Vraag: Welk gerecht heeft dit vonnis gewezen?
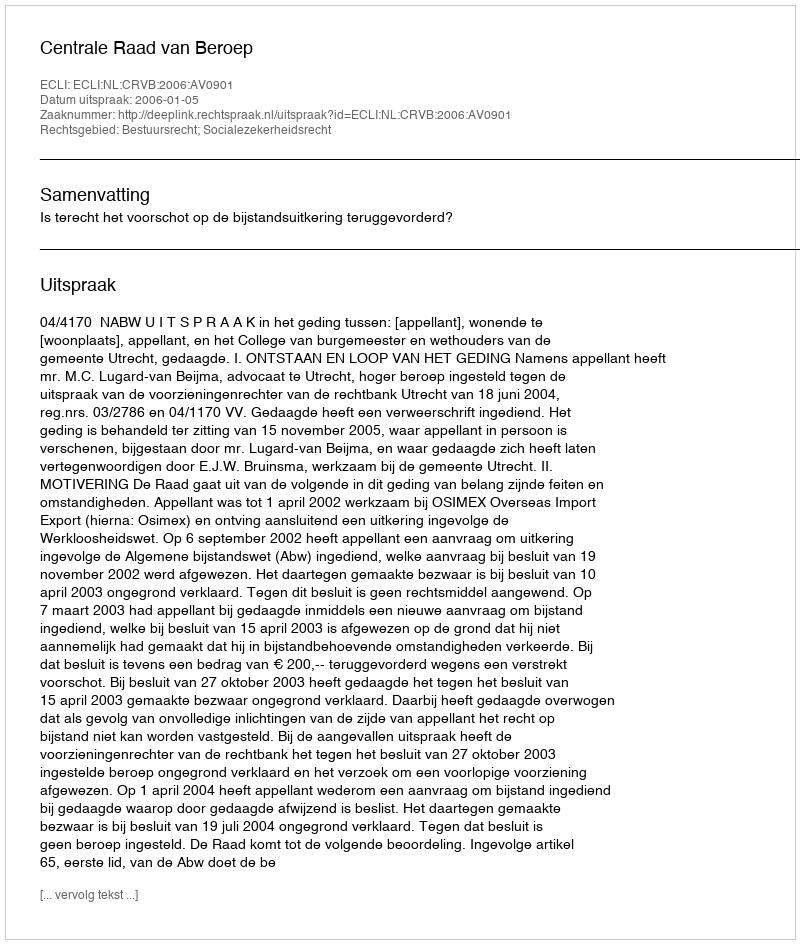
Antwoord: Centrale Raad van Beroep